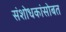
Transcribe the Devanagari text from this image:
संशोधकांसोबत